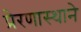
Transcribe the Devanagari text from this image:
प्रेरणास्थाने